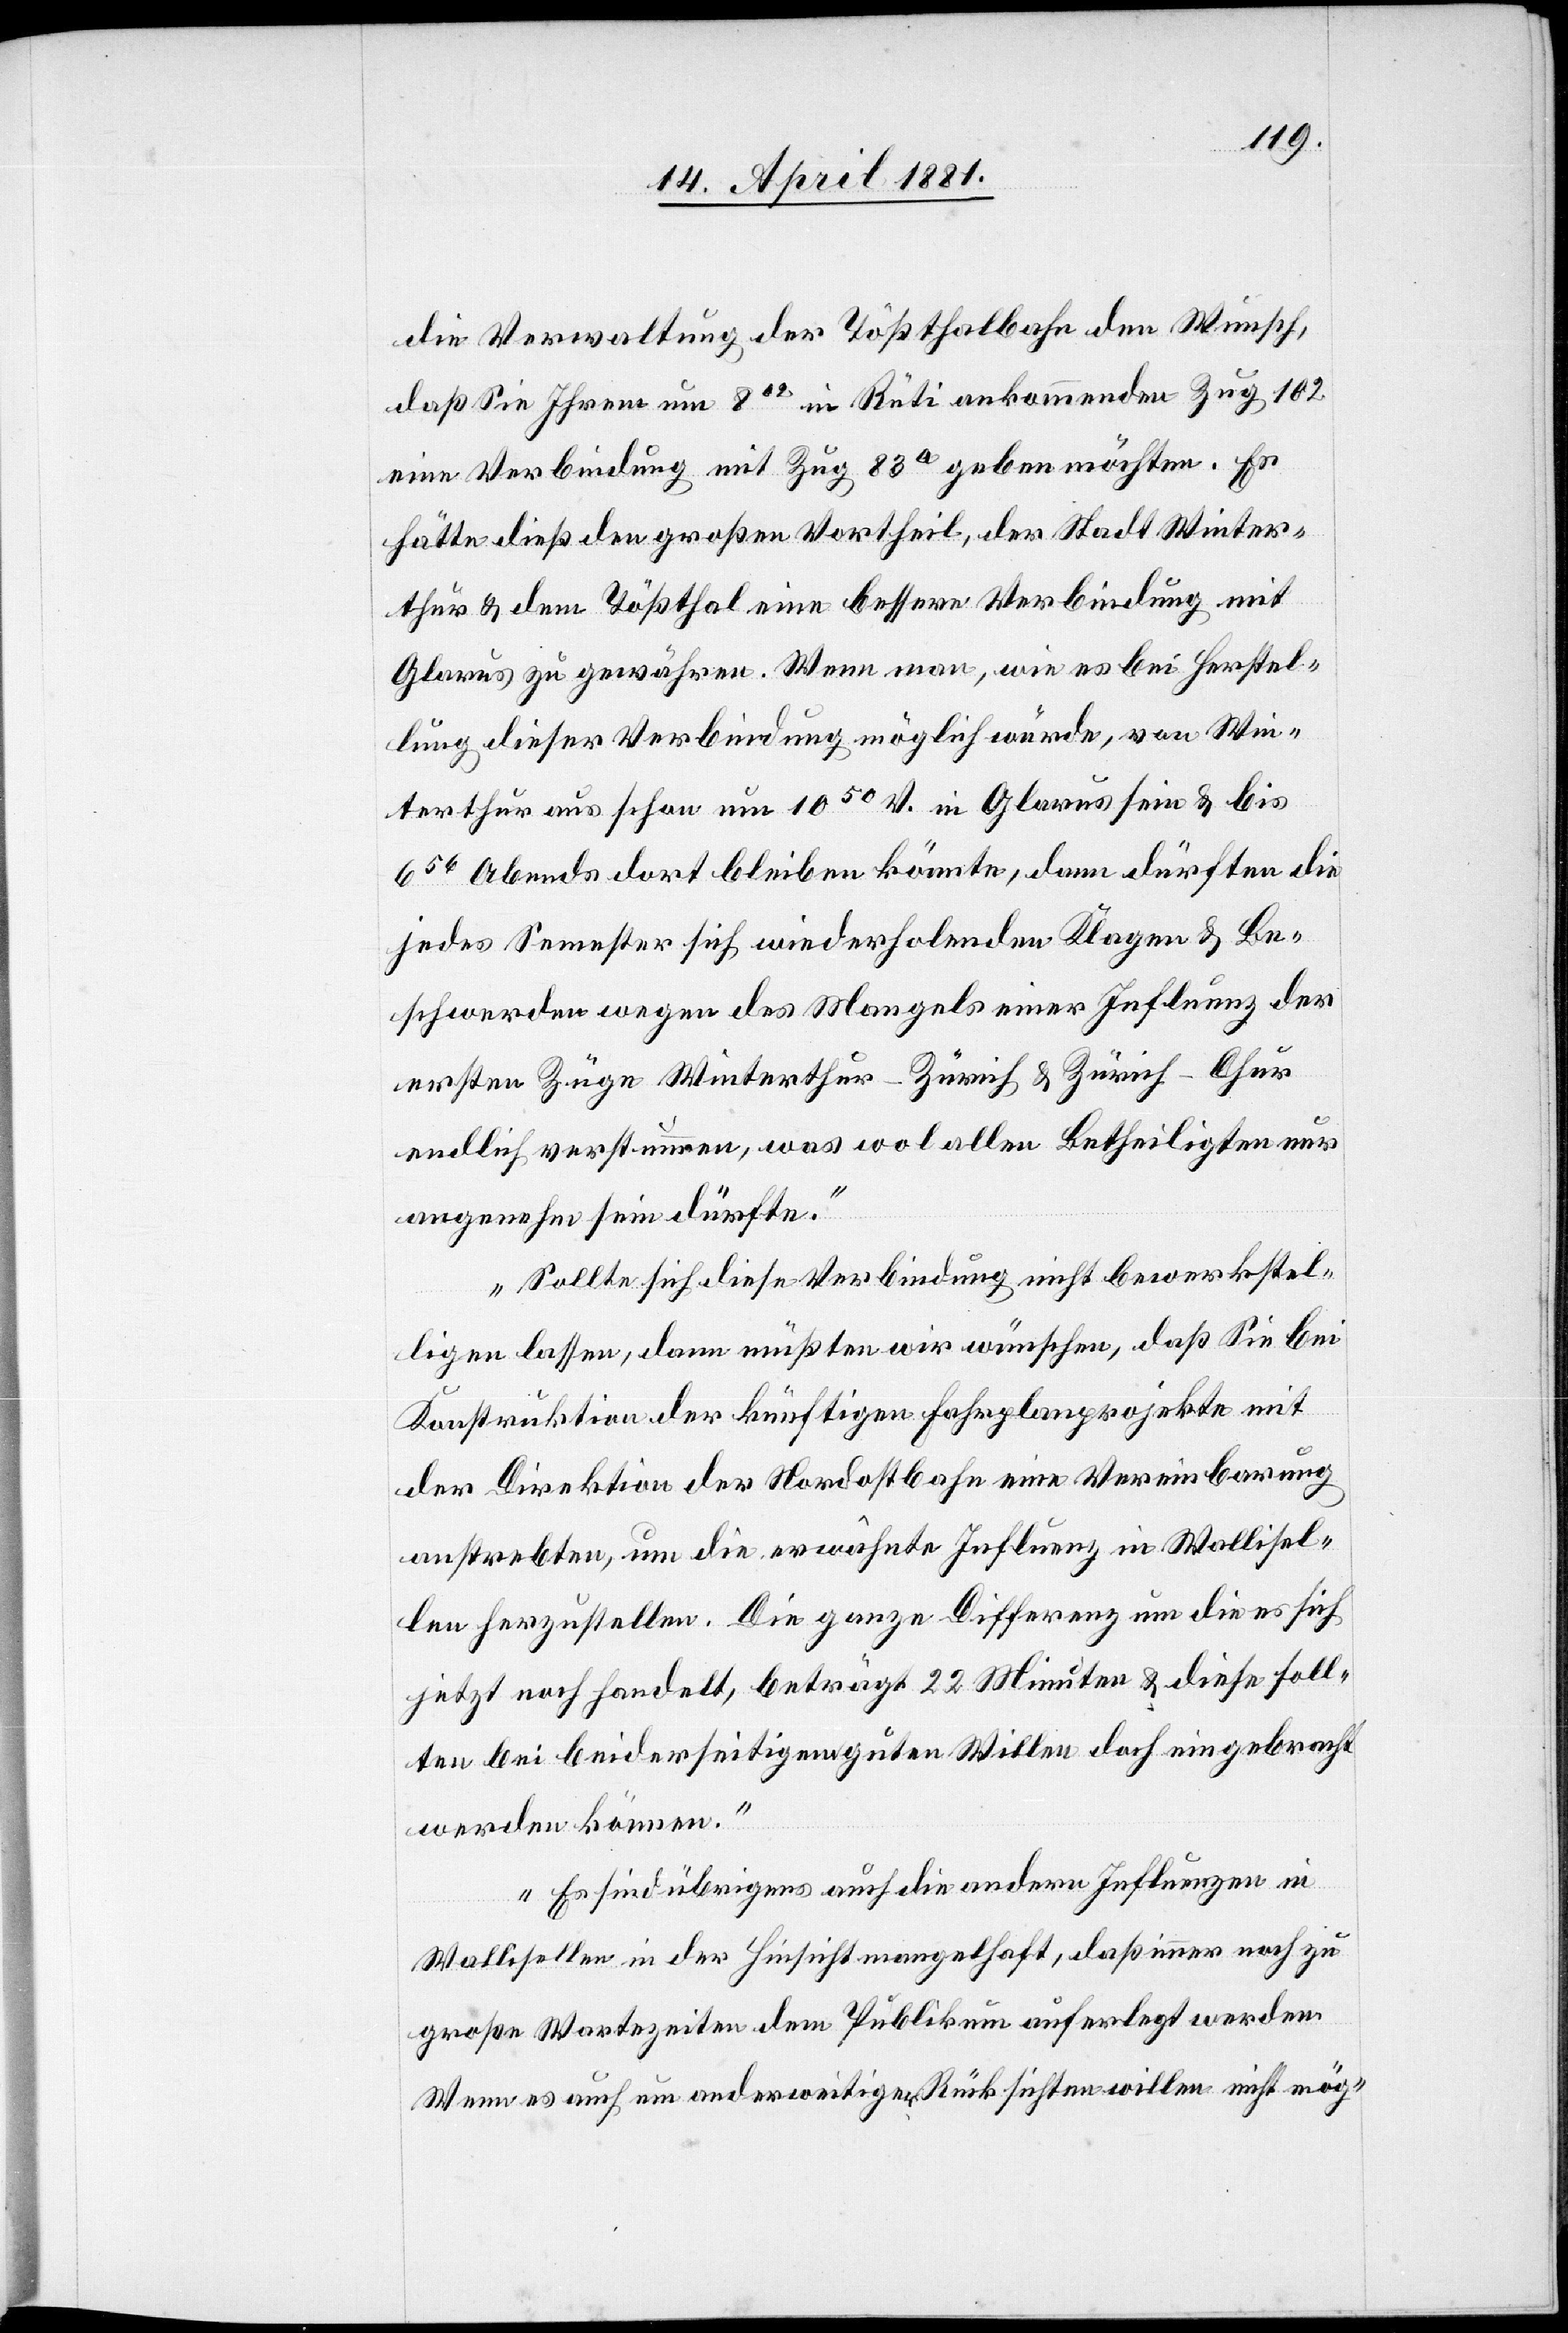
die Verwaltung der Tößthalbahn den Wunsch,
daß Sie Ihrem um 802 in Rüti ankommenden Zug 102
eine Verbindung mit Zug 83a geben möchten. Es
hätte dieß den großen Vortheil, der Stadt Winter¬
thur & dem Tößthal eine bessere Verbindung mit
Glarus zu gewähren. Wenn man, wie es bei Herstel¬
lung dieser Verbindung möglich würde, von Win¬
terthur aus schon um 1050 V. in Glarus sein & bis
656 Abends dort bleiben könnte, dann dürften die
jedes Semester sich wiederholenden Klagen & Be¬
schwerden wegen des Mangels einer Influenz der
ersten Züge Winterthur–Zürich & Zürich–Chur
endlich verstummen, was wol allen Betheiligten nur
angenehm sein dürfte.
Sollte sich diese Verbindung nicht bewerkstel¬
ligen lassen, dann müßten wir wünschen, daß Sie bei
Konstruktion der künftigen Fahrplanprojekte mit
der Direktion der Nordostbahn eine Vereinbarung
anstrebten, um die erwünschte Influenz in Wallisel¬
len herzustellen. Die ganze Differenz um die es sich
jetzt noch handelt, beträgt 22 Minuten & diese soll¬
ten bei beiderseitigem guten Willen doch eingebracht
werden können.
Es sind übrigens auch die andern Influenzen in
Wallisellen in der Hinsicht mangelhaft, daß immer noch zu
große Wartezeiten dem Publikum auferlegt werden.
Wenn es auch um anderweitige Rücksichten willen nicht mög-